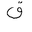
Letter: _qaf